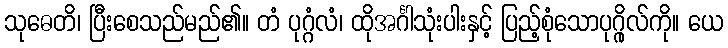
သုဓေတိ၊ ပြီးစေသည်မည်၏။ တံ ပုဂ္ဂံလံ၊ ထိုအင်္ဂါသုံးပါးနှင့် ပြည့်စုံသောပုဂ္ဂိုလ်ကို။ ယေ